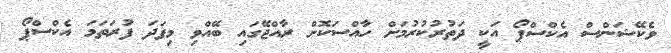
ވެކޭޝަންސް އެކްސްޕޯ އަކީ ދަތުރުކުރުމަށް ހާއްސަކޮށް ރާއްޖޭގައި ބޭއްވި މިފަދަ ފުރަތަމަ އެކްސްޕޯ